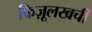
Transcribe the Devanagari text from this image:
फिज़ूलखर्ची